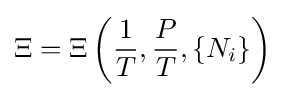
\Xi =\Xi \left({\frac {1}{T}},{\frac {P}{T}},\{N_{i}\}\right)